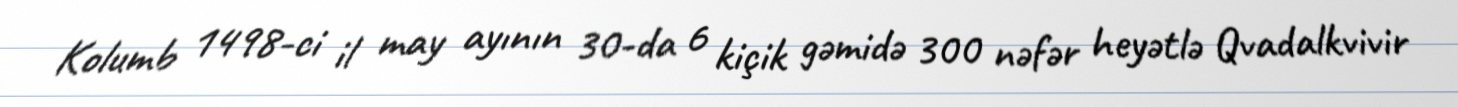
Kolumb 1498-ci il may ayının 30-da 6 kiçik gəmidə 300 nəfər heyətlə Qvadalkvivir